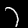
Label: 7